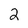
Character: 2